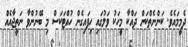
ދެމީމައެވެ. ކަންނެތްކަން ދައްކާ މީހަކު ވަލުގައި ހިފައިގެން ހުއްޓަކަސް މި ބޭނުންވާ ނަތީޖާއެއް